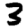
Digit: 3